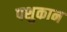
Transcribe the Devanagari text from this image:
पशुकान